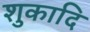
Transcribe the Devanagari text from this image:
शुकादि